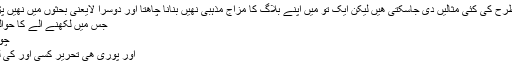
اور اس طرح کی کئی مثالیں دی جاسکتی هیں لیکن ایک تو میں اپنے بلاگ کا مزاج مذہبی نهیں بنانا چاھتا اور دوسرا لایعنی بحثوں میں نهیں پڑنا چاھتا
جس میں لکھنے الے کا حواله ناں هو
چوری هے
اور پوری هی تحریر کسی اور کی لگا دینا ؟